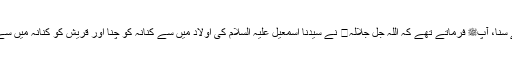
1523: سیدنا واثلہ بن الاسقعؓ کہتے ہیں کہ میں نے رسول اللہﷺ سے سنا، آپﷺ فرماتے تھے کہ اللہ جل جلالہ نے سیدنا اسمٰعیل علیہ السلام کی اولاد میں سے کنانہ کو چنا اور قریش کو کنانہ میں سے اور بنی ہاشم کو قریش میں سے اور مجھے بنی ہاشم میں سے چنا۔